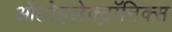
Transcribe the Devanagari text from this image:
ऑप्टोइलेक्ट्रॉनिक्स